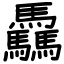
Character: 驫